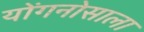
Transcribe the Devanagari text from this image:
योंगनोसाला